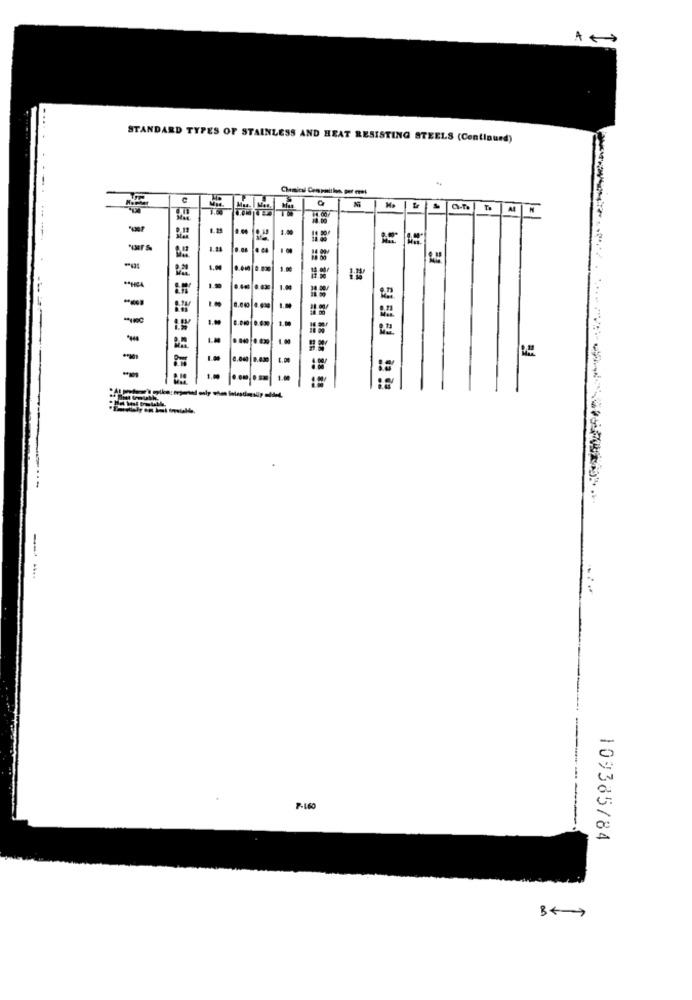
A +
STANDARD TYPES OF STAINLESS AND HEAT RESISTING STEELS (Continued)
0.60
1.00
1.00
=
-
-
1.0
-
7-160
109385/84